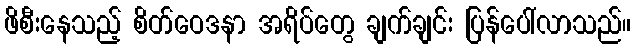
ဖိစီးနေသည့် စိတ်ဝေဒနာ အရိပ်တွေ ချက်ချင်း ပြန်ပေါ်လာသည်။